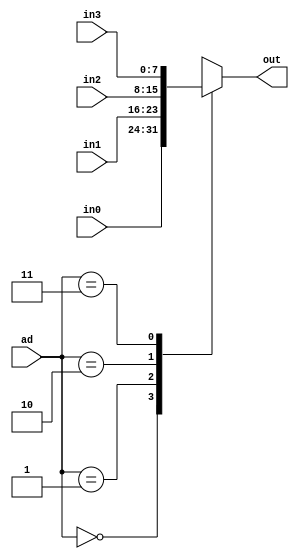
module multiplexer (
  input  [7:0] in0, in1, in2, in3,
  input  [1:0] ad,
  output reg [7:0] out);
  
  always @(ad, in0, in1, in2, in3) begin
    case(ad)
      2'd0 : out=in0;
      2'd1 : out=in1;
      2'd2 : out=in2;
      2'd3 : out=in3;
  endcase
  end
endmodule